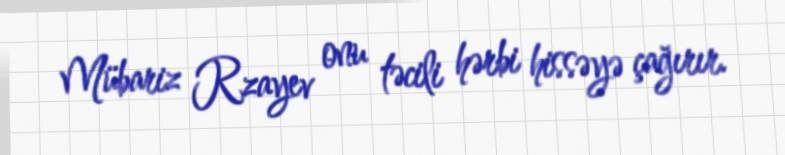
Mübariz Rzayev onu təcili hərbi hissəyə çağırır.